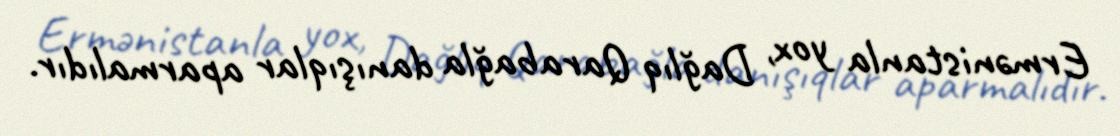
Ermənistanla yox, Dağlıq Qarabağla danışıqlar aparmalıdır.